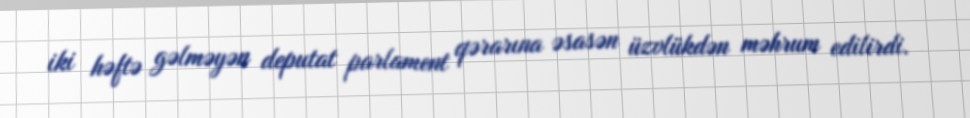
iki həftə gəlməyən deputat parlament qərarına əsasən üzvlükdən məhrum edilirdi.